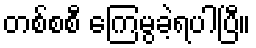
တစ်စစီ ကြေမွခဲ့ရပါပြီ။